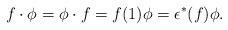
\begin{align*}f\cdot \phi = \phi\cdot f=f(1)\phi=\epsilon^{*}(f)\phi.\end{align*}